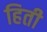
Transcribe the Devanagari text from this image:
हिती